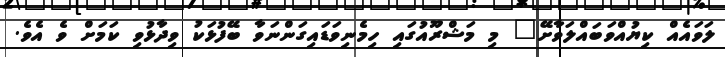
ލަވައެއް ކިޔުއްވަބައްލަވާށޭ" މި މަޝްރޫއުގައި ހިމެނިވަޑައިގަންނަވާ ބޭފުޅަކު ވިދާޅުވި ކަމަށް ވެ އެވެ.